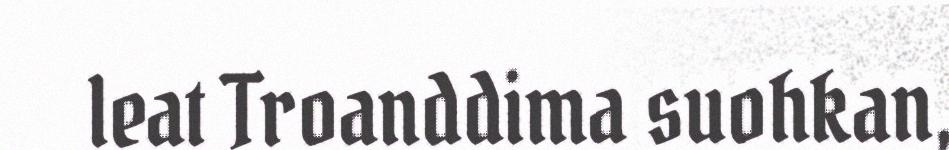
leat Troanddima suohkan,